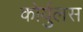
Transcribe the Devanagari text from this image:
कोर्युलस